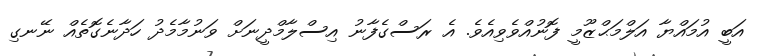
އަބީ އުމައްޔާ އަލްމަޙްޒޫމީ ފޮނުއްވެވިއެވެ. އެ ރަސްގެފާނު އިސްލާމްދީނަށް ވަނުމާމެދު ހަދާނެގޮތެއް ނޭނގި